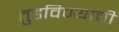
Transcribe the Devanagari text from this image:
तुडविण्याची